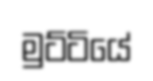
මුට්ටියේ